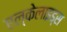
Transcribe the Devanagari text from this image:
एल्केलाइड्स